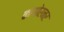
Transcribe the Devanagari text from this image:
कागोरनर